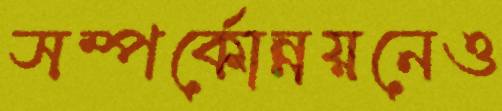
সম্পর্কোন্নয়নেও